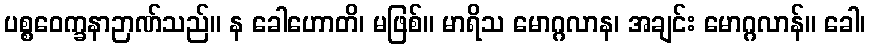
ပစ္စဝေက္ခနာဉာဏ်သည်။ န ခေါဟောတိ၊ မဖြစ်။ မာရိသ မောဂ္ဂလာန၊ အချင်း မောဂ္ဂလာန်။ ခေါ၊